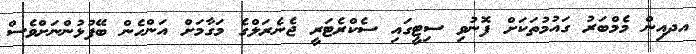
އދއިން މެމްބަރު ގައުމުތަކަށް ފޮނުވި ސިޓީގައި ސެކްރެޓަރީ ޖެނެރަލްގެ މަގާމަށް އަންހެން ބޭފުޅުންނަށްވެސް